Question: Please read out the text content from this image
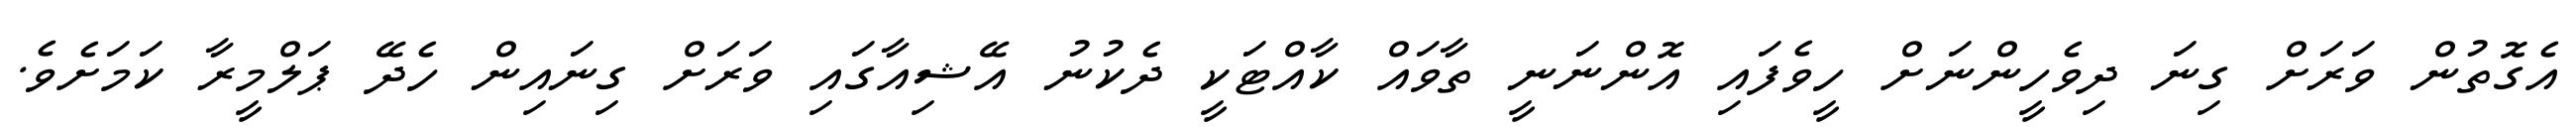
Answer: އެގޮތުން ވަރަށް ގިނަ ދިވެހީންނަށް ހީވެފައި އޮންނަނީ ތާވައް ކާއްޓަކީ ދެކުނު އޭޝިއާގައި ވަރަށް ގިނައިން ހެދޭ ޕަލްމީރާ ކަމަށެވެ.